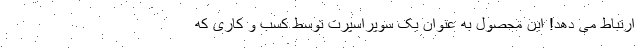
ارتباط می دهد! این محصول به عنوان یک سوپراسپرت توسط کسب و کاری که